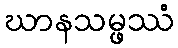
ဃာနသမ္ဖဿံ